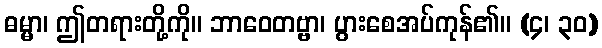
ဓမ္မာ၊ ဤတရားတို့ကို။ ဘာဝေတဗ္ဗာ၊ ပွားစေအပ်ကုန်၏။ (၄၊ ၃၀)